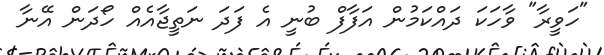
"ހަވީރާ" ވާހަކަ ދައްކަމުން އަފާފް ބުނީ އެ ފަދަ ނަތީޖާއެއް ހޯދަން އޭނާ